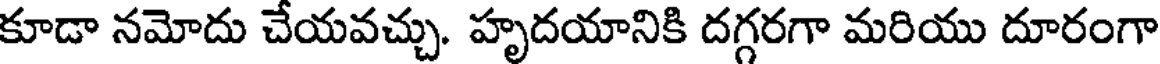
కూడా నమోదు చేయవచ్చు. హృదయానికి దగ్గరగా మరియు దూరంగా